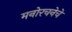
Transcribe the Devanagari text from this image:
मनोरचनेचे